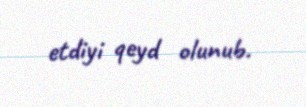
etdiyi qeyd olunub.